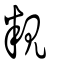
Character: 粯